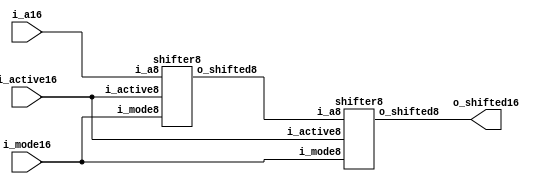
module shifter16(
	input   [1:0]  i_mode16,
	input   [31:0] i_a16,
	input          i_active16,
	output  [31:0] o_shifted16
);
wire [31:0] w_shifted16;
shifter8 block1(
	.i_mode8    (i_mode16),
	.i_a8       (i_a16),
	.i_active8   (i_active16),
	.o_shifted8 (w_shifted16)
);
shifter8 block2  (
	.i_mode8    (i_mode16),
	.i_a8       (w_shifted16),
	.i_active8   (i_active16),
	.o_shifted8 (o_shifted16)
);
endmodule

module shifter8(
	input [1:0]  i_mode8,
	input [31:0] i_a8,
	input        i_active8,
	output [31:0] o_shifted8
);
wire [31:0] w_shifted8;
shifter4 block1(
	.i_mode4    (i_mode8),
	.i_a4       (i_a8),
	.i_active4   (i_active8),
	.o_shifted4 (w_shifted8)
);
shifter4 block2  (
	.i_mode4    (i_mode8),
	.i_a4       (w_shifted8),
	.i_active4   (i_active8),
	.o_shifted4 (o_shifted8)
);
endmodule

module shifter4(
	input [1:0] i_mode4,
	input [31:0] i_a4,
	input        i_active4,
	output  [31:0] o_shifted4
);
wire [31:0] w_shifted4;
shifter2 block1(
	.i_mode2    (i_mode4),
	.i_a2       (i_a4),
	.i_active2   (i_active4),
	.o_shifted2 (w_shifted4)
);
shifter2 block2  (
	.i_mode2    (i_mode4),
	.i_a2       (w_shifted4),
	.i_active2   (i_active4),
	.o_shifted2 (o_shifted4)
);
endmodule

module shifter2(
	input [1:0] i_mode2,
	input [31:0] i_a2,
	input        i_active2,
	output  [31:0] o_shifted2
);
wire [31:0] w_shifted2;
shifter1 block1(
	.i_mode1    (i_mode2),
	.i_a1       (i_a2),
	.i_active   (i_active2),
	.o_shifted1 (w_shifted2)
);
shifter1 block2  (
	.i_mode1    (i_mode2),
	.i_a1       (w_shifted2),
	.i_active   (i_active2),
	.o_shifted1 (o_shifted2)
);
endmodule
	
	/* 2'b00  Shift Right Logical      
   2'b01;  Shift Right Arithmetic
   2'b10;  Shift Left Logical
   2'b11;  Shift Left Arithmeticl*/
	
module shifter1(
	input [1:0] i_mode1,
	input [31:0] i_a1,
	input        i_active,
	output [31:0] o_shifted1
);

reg [31:0] r_shifted1;
always @(*)
begin
  if (i_active == 0) r_shifted1 = i_a1;
  else
  begin
    if (i_mode1[1] == 0) // shift RIGHT
	 begin
	     if (i_mode1[0] == 0) r_shifted1 = {1'b0,i_a1[31:1]};//i_a1 >> 1;
	     else                 r_shifted1 = {i_a1[31],i_a1[31:1]};//i_a1 >>> 1;
		 //end
		 //else                     r_shifted1 = {i_a1[0],i_a1[31:1]};//RoR
	 end
	 else 
	 begin
	    //if (i_mode1[1] == 0)
		 //begin
		 if (i_mode1[0] == 0) r_shifted1 = {i_a1[30:0],1'b0};//i_a1 << 1;
		 else                 r_shifted1 = {i_a1[30:0],1'b0};//i_a1 <<< 1;
		 //end
		 //else                     r_shifted1 = {i_a1[30:0],i_a1[31]};//RoL
	 end
  end
end
assign o_shifted1 = r_shifted1;
endmodule

module mux2to1 (
input      [31:0] in0,
input      [31:0] in1,
input             mux_sel,
output reg [31:0] r
);
always @(*)
begin
	if (mux_sel == 1'b0) r =  in0; // mode 0: shift left
	else                 r =  in1;
end
endmodule